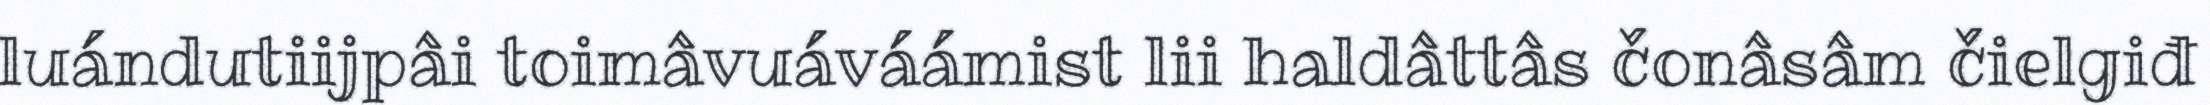
luándutiijpâi toimâvuáváámist lii haldâttâs čonâsâm čielgiđ